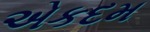
એકદમ